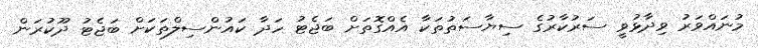
މުނައްވަރު ވިދާޅުވީ ސަރުކާރުގެ ސިޔާސަތުތަކާ އެއްގޮތަށް ބަޖެޓު ހަދާ ކައުންސިލްތަކަށް ބަޖެޓު ދޫކުރަން